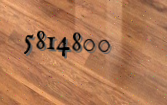
5814800